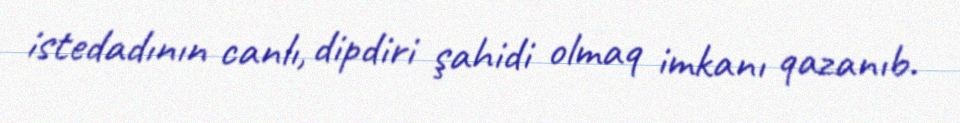
istedadının canlı, dipdiri şahidi olmaq imkanı qazanıb.